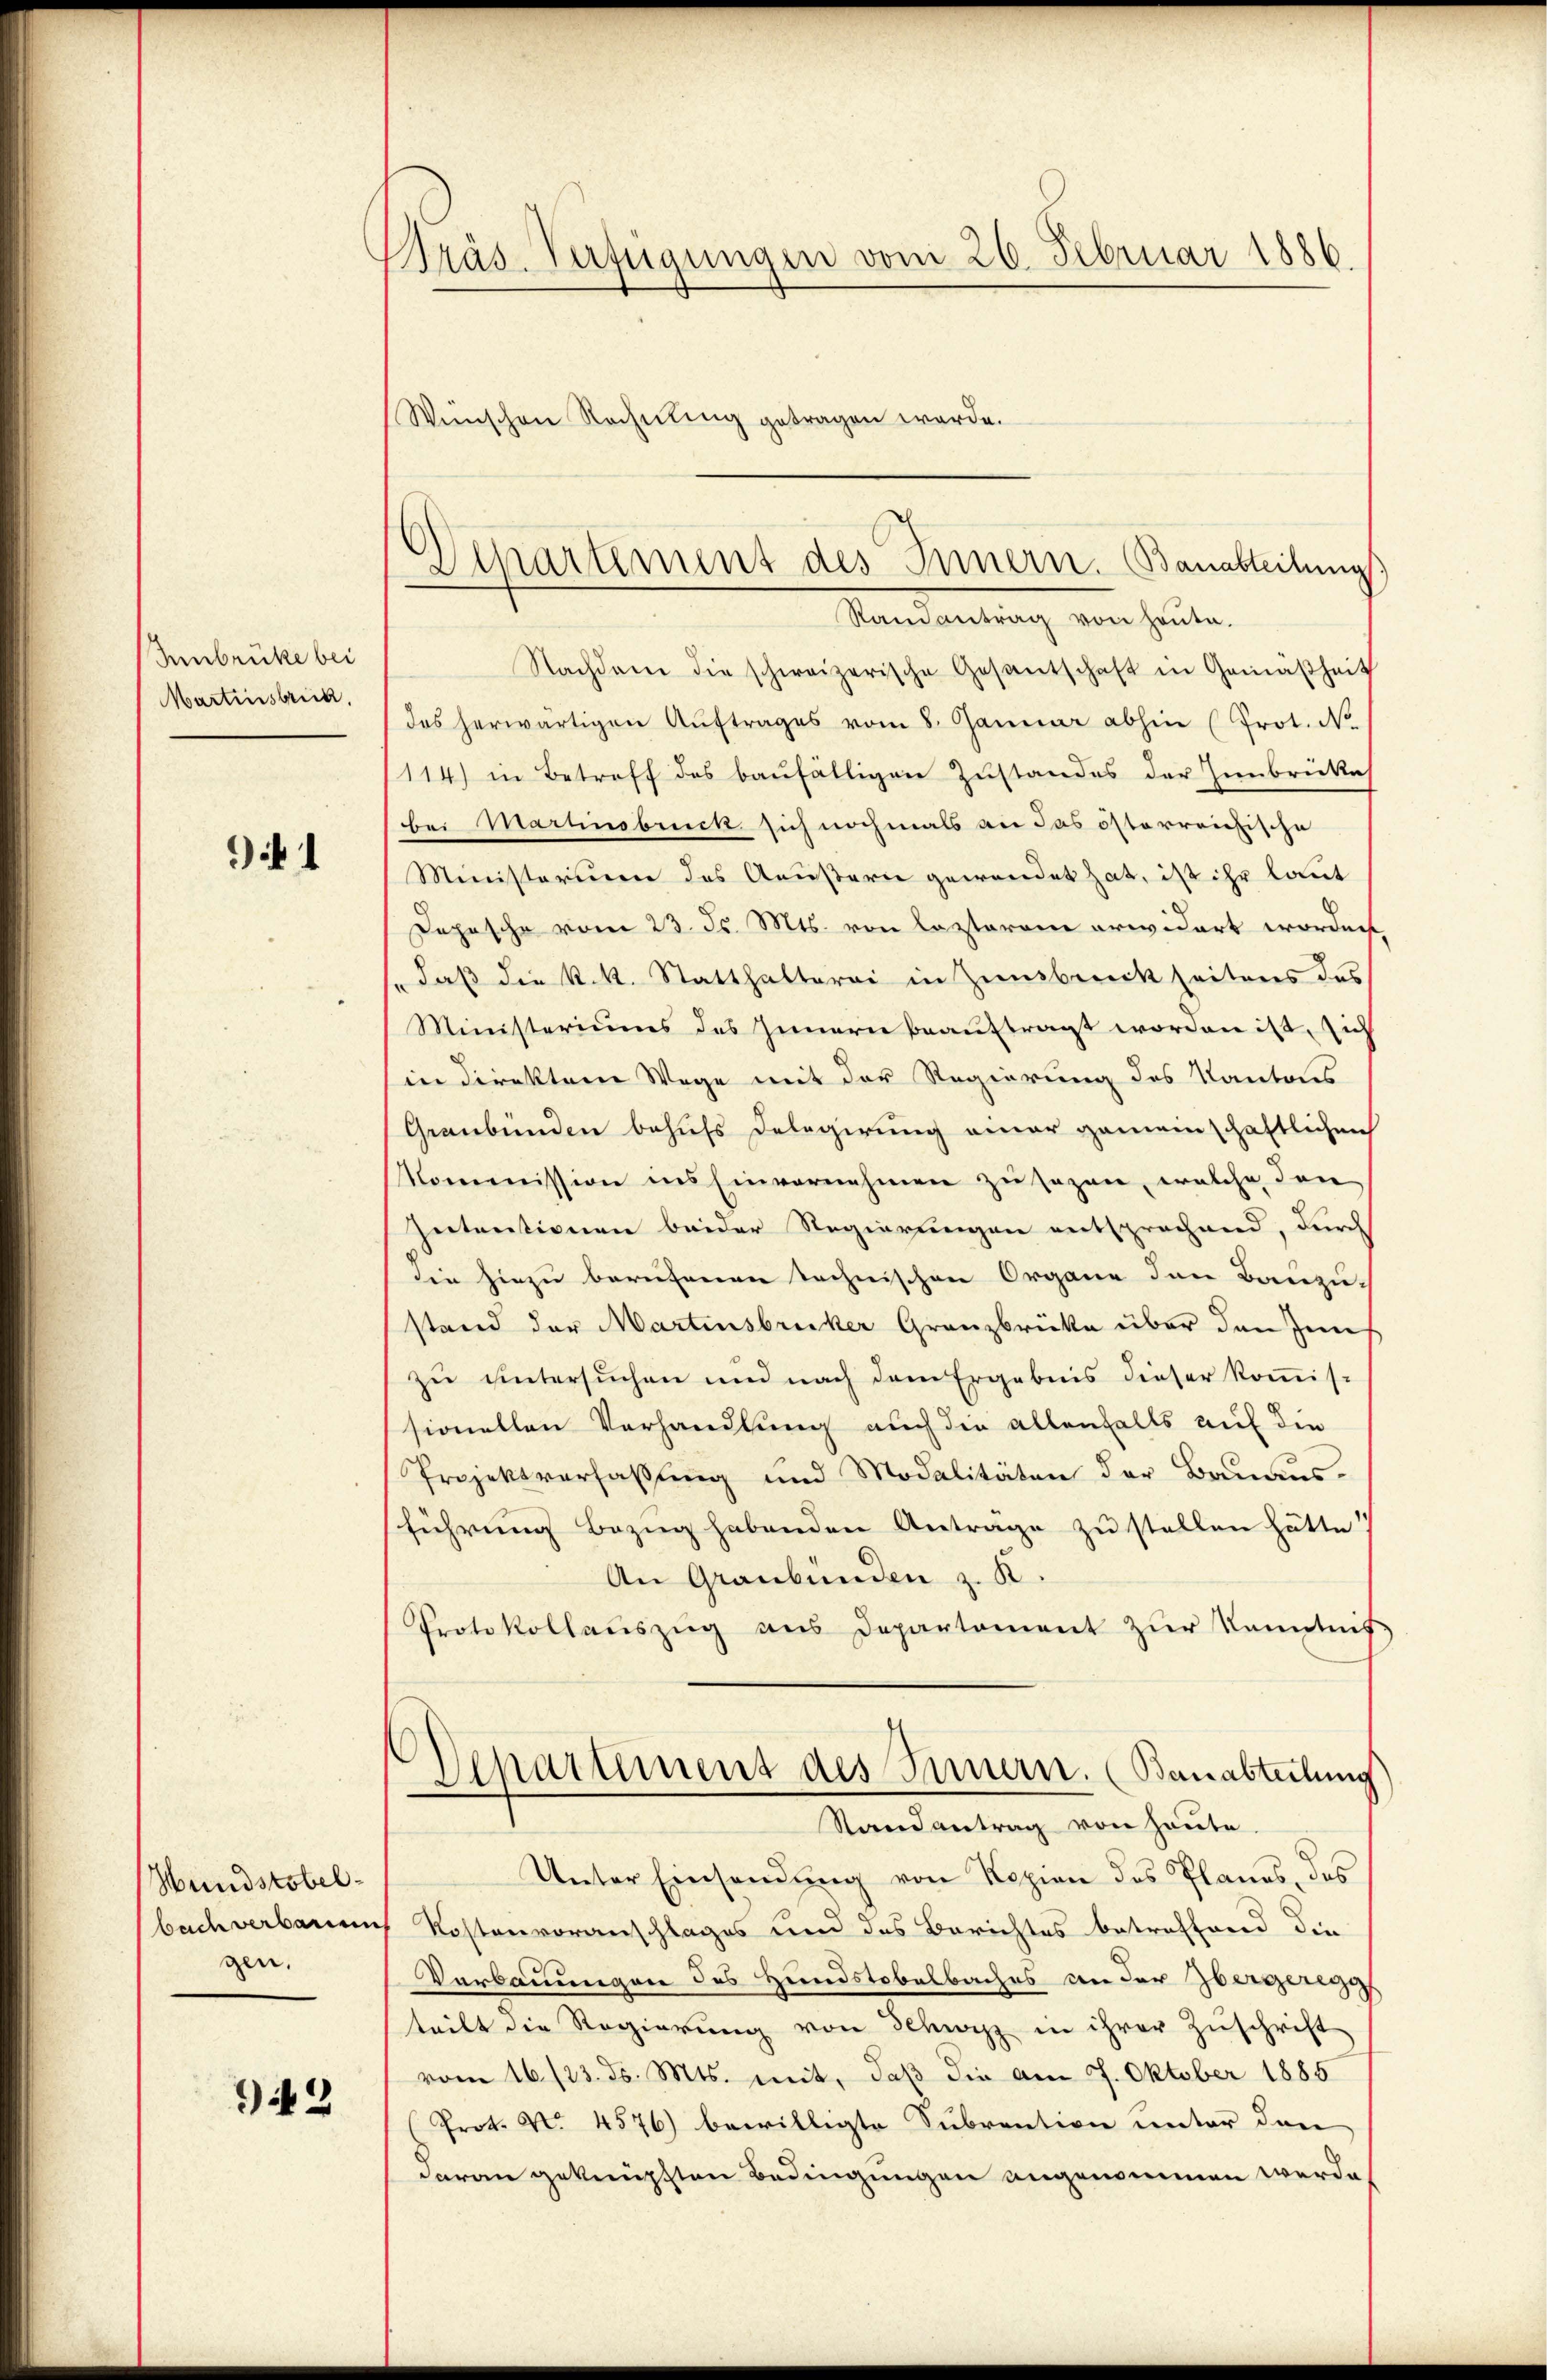
Inbrücke bei
Martinsbruck.

91

Nachdem die schweizerische Gesantschaft in Gemäßheit
das herwärtigen Aŭftrages vom 8. Januar abhin (Prot. N
114) in Betreff des baufälligen Zustandes der Innbrücke
bei Martinsbruck sich nochmals an das österreichische
Ministerium des Aeußern gewendet hat, ist ihr laut
Depesche vom 23. d. Mts. von lezterem erwidert worden,
/. daβ die k.k. Statthalterei in Zinsbruck seitens das
Ministeriums des Innern beauftragt worden ist, sich
in Direkten Wege mit der Regierung des Kantons
Graubünden behufs Delegierung einer gemeinschaftlichen
Kommission ins Einvernehmen zu sezen, welche den
Intentionen beider Regierungen entsprochend, durch
die hiezu berufenen technischen Organe den Bauzu-
stand der Martensbrucker Granzbrücke über den Jenzu untersuchen und nach dem Ergebnis dieser Kommis-
sionellen Verhandlung auch die allenfalls auf die
Projektverfaßung und Modalitäten der Bauaus-
führung bezug habenden Anträge zu stellen hätte
An Graubünden z. K.
Protokollaŭszŭg ans Departement zŭr Kemptnis
Departement des Innern. (Bauabteilung
Randantrag von heute.
Unter Einsendung von Kopien des Planes, des
bach verbauen Kostenvoranschlages und des Berichtes betreffend die
Verbauungen des Hundstobelbaches an der bergeregi
teilt die Regierung von Schwyz in ihrer Zuschrift
vom 16./23. d. Mts. mit, daß die am 9. Oktober 1885
Prot. No. 4576) bewilligte Subvention unter den
daran geknüpften Bedingungen angenommen werde.

Hundstobelgen,

943

Präs. Verfügungen vom 26. Februar 1886.
Wünschen Rechnung getragen werde.

Departement des Innern. Bauabteilungs
Mandartung von heuten